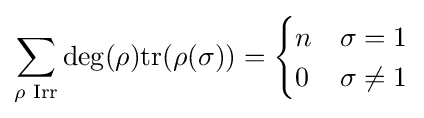
\sum _{\rho {\text{ Irr}}}\deg(\rho ){\text{tr}}(\rho (\sigma ))={\begin{cases}n&\sigma =1\\0&\sigma \neq 1\end{cases}}